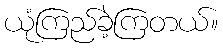
ယုံကြည်ခဲ့ကြတယ်။